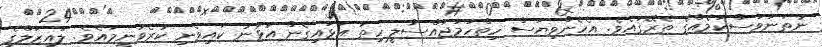
ނުތަނަވަސްކަމެއްގެ ތެރޭގައެވެ. އެހެންވިޔަސް ހިތްހަމަޖައްސާލީ ހިތު އަޅައިގެން އުޅުނު ކައިވެނި ކުރެވުނީމައެވެ. ލައިޒަލްގެ